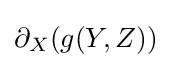
\partial _{X}(g(Y,Z))